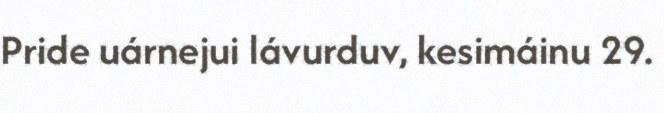
Pride uárnejui lávurduv, kesimáinu 29.